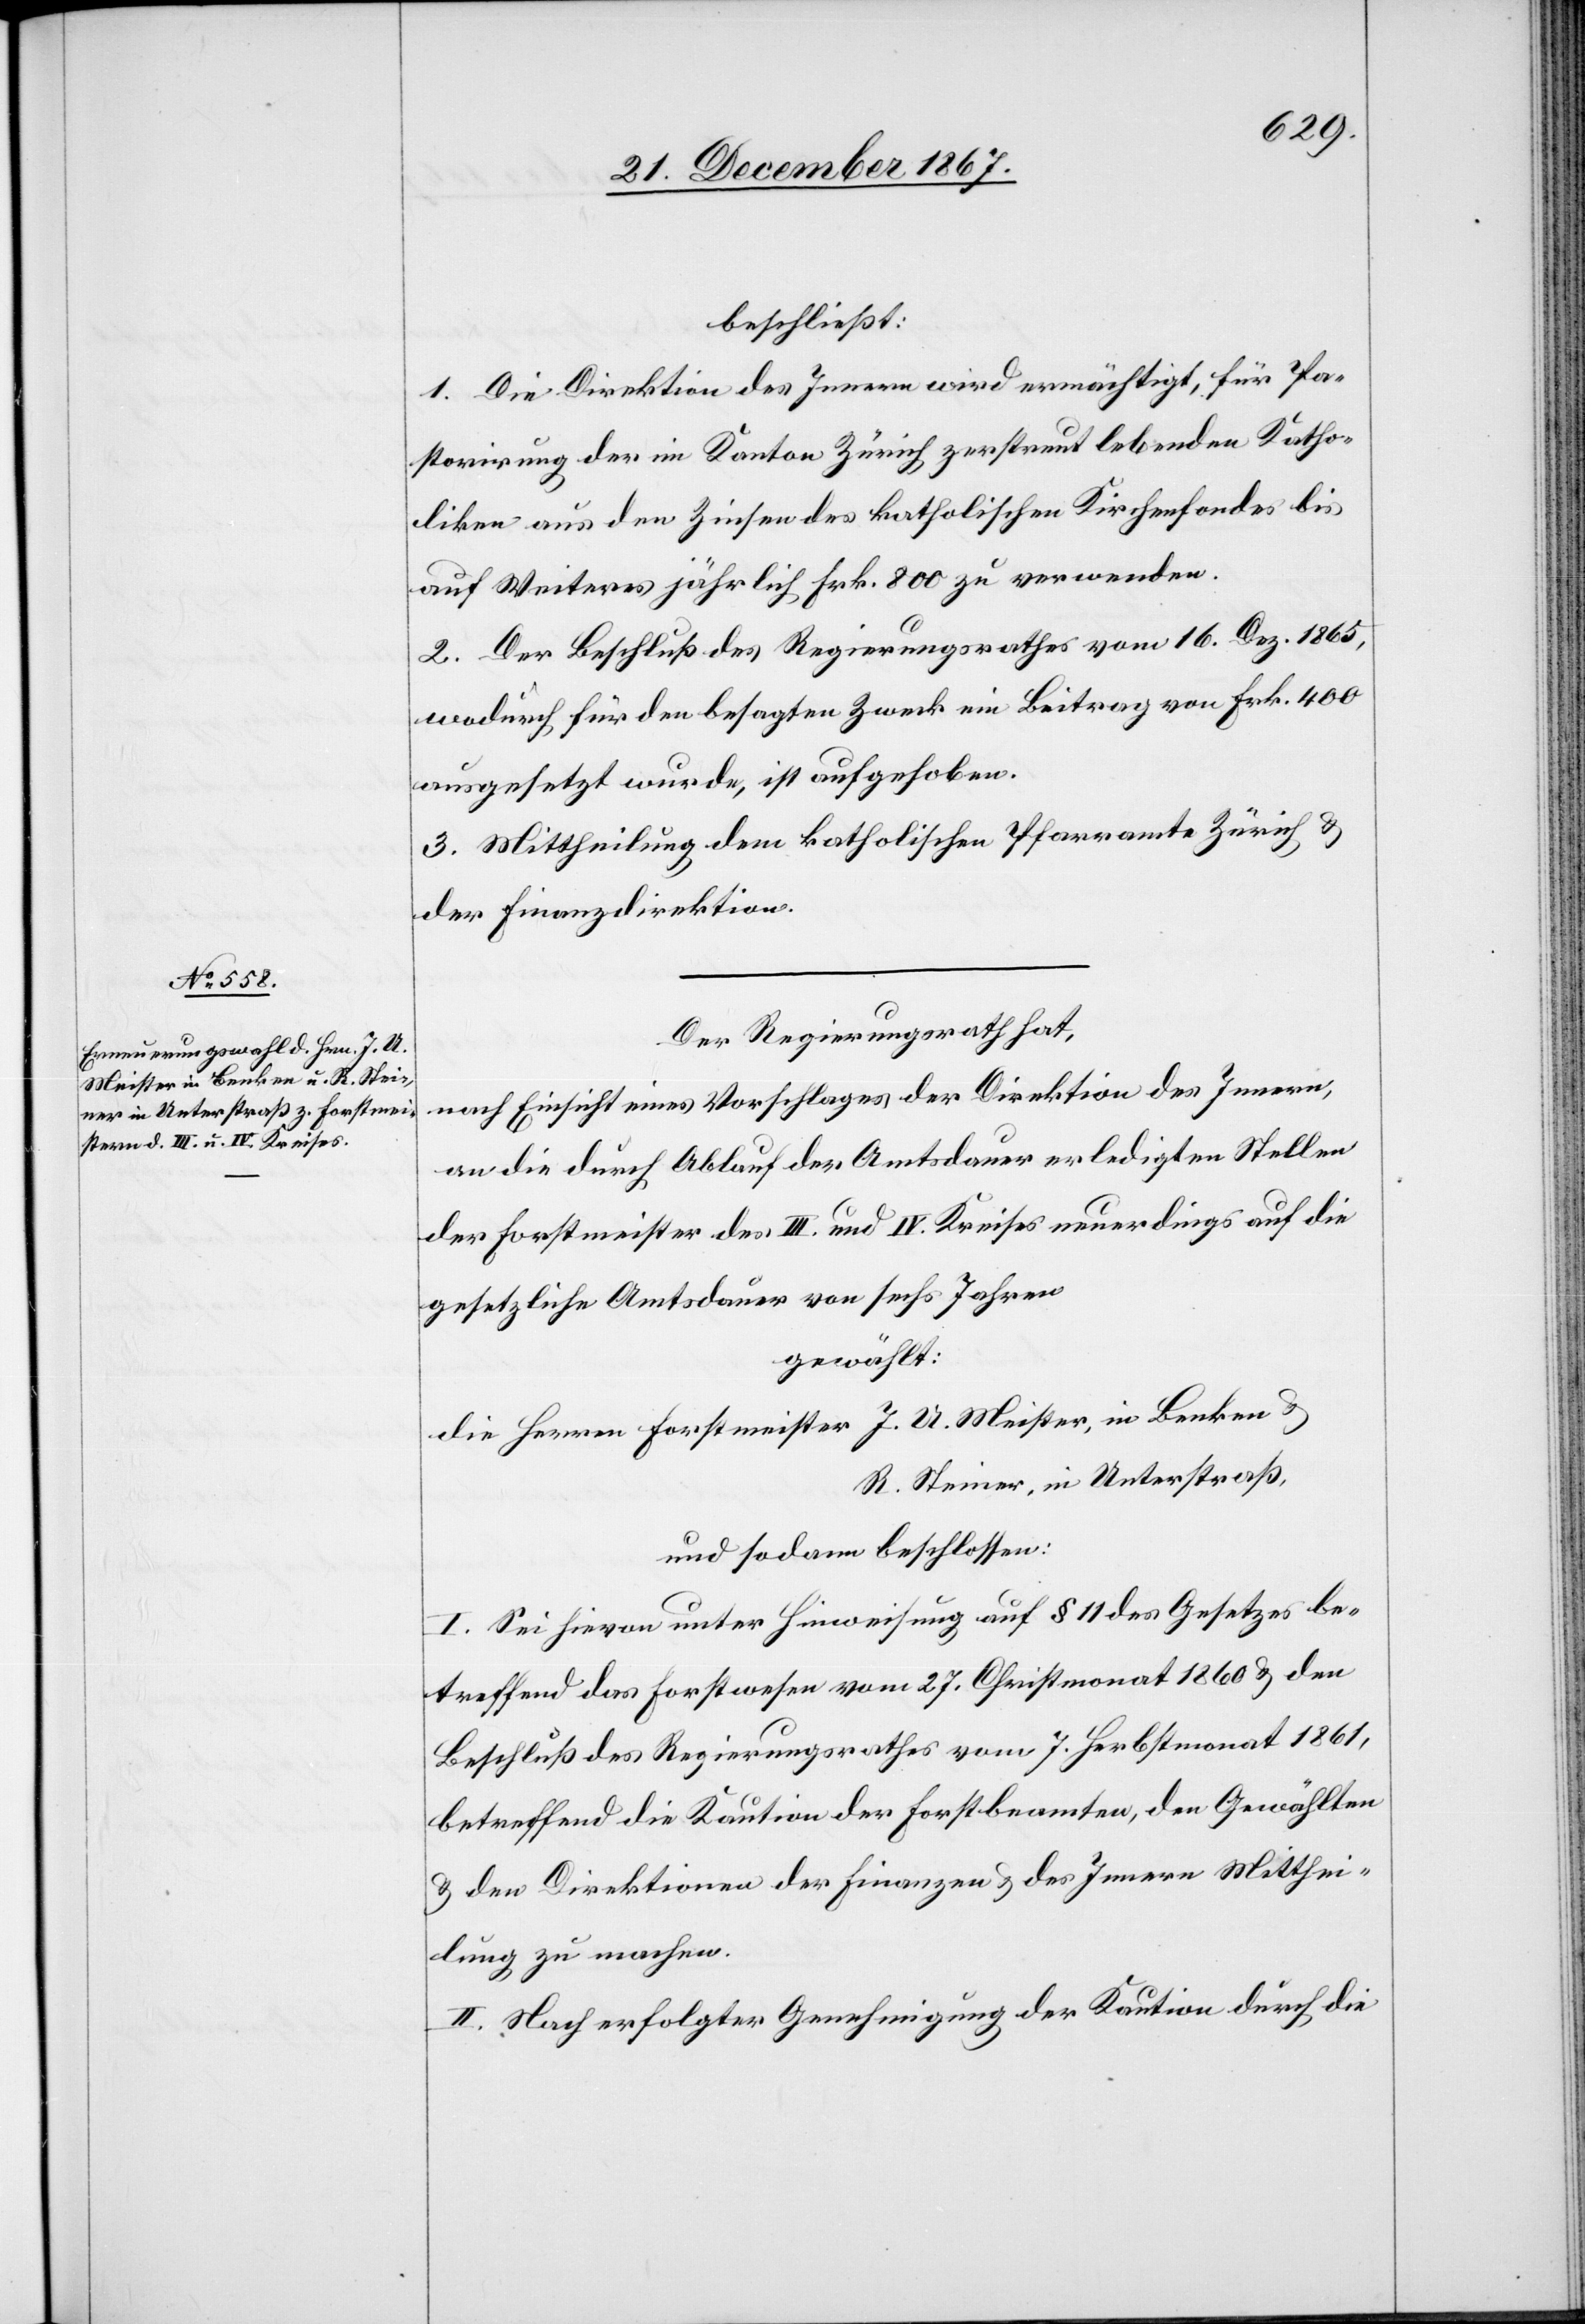
Meister, in Benken u.

beschließt:
1. Die Direktion des Innern wird ermächtigt, für Pa¬
storirung der im Kanton Zürich zerstreut lebenden Katho¬
liken aus den Zinsen des katholischen Kirchenfonds bis
auf Weiteres jährlich Frk. 800 zu verwenden.
2. Der Beschluß des Regierungsrathes vom 16. Dez 1865,
wodurch für den besagten Zweck ein Beitrag von Frk. 400
ausgesetzt wurde, ist aufgehoben.
3. Mittheilung dem katholischen Pfarramte Zürich u.
der Finanzdirektion.
Der Regierungsrath hat,
nach Einsicht eines Antrages der Direktion des Innern,
an die durch Ablauf der Amtsdauer erledigten Stellen
der Forstmeister des III. und IV. Kreises neuerdings auf die
gesetzliche Amtsdauer von sechs Jahren
gewählt:
R. Steiner, in Unterstraß,
und sodann beschlossen:
I. Sei hievon unter Hinweisung auf § 11 des Gesetzes be¬
treffend das Forstwesen vom 27. Christmonat 1860 u. den
Beschluß des Regierungsrathes vom 7. Herbstmonat 1861,
betreffend die Kaution der Forstbeamten, den Gewählten
u. den Direktionen der Finanzen u. des Innern Mitthei¬
lung zu machen.
II. Nach erfolgter Genehmigung der Kaution durch die